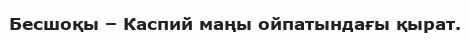
Бесшоқы – Каспий маңы ойпатындағы қырат.